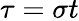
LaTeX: \tau=\sigma t